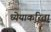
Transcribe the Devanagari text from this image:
ध्येयाकरिता